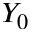
Y _ { 0 }